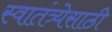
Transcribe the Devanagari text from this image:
स्वातंत्र्येसाठी